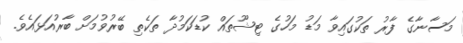
މަސާނާގެ ފާރު ތަކުގައިވާ މަޑު މަހުގެ ޓިޝޫތައް ކުޑަކަމުދާ ތަކެތި ބޭރުވުމަށް ބާރުއަޅައެވެ.